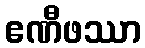
ဧဏီဖဿာ